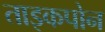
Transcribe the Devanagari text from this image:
ताइकपोन